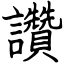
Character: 讚